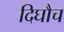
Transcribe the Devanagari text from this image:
दिघौच